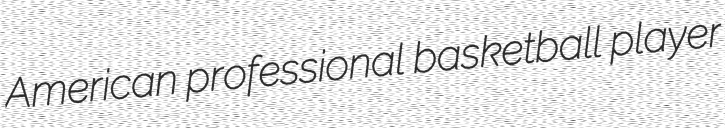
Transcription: American professional basketball player